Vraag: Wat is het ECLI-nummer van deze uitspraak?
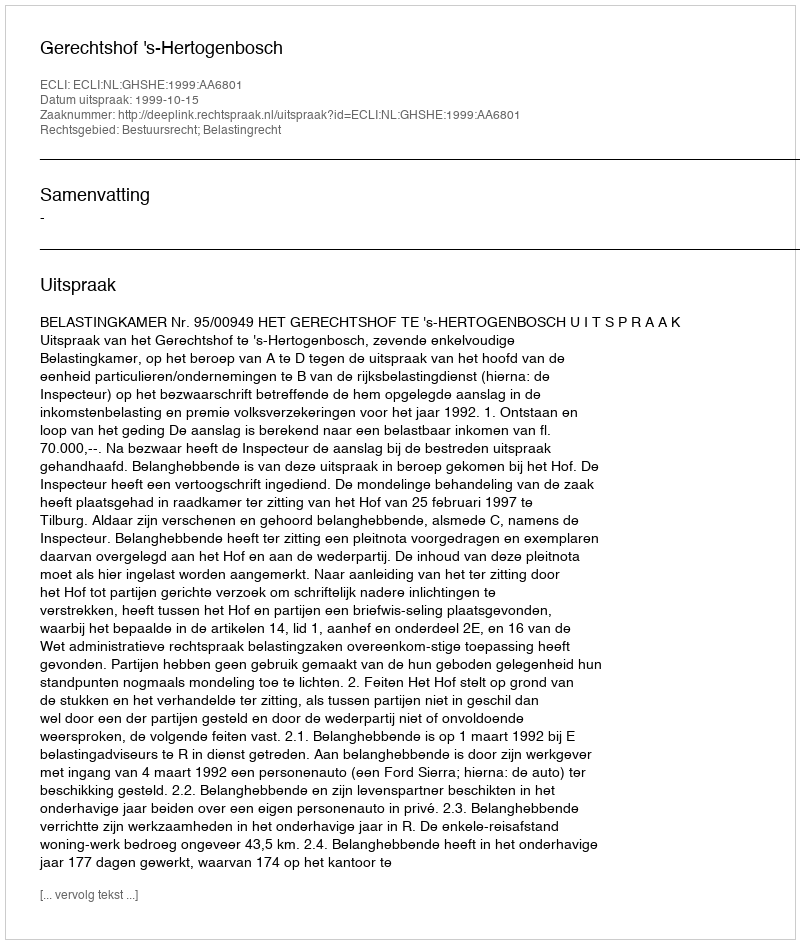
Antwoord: ECLI:NL:GHSHE:1999:AA6801